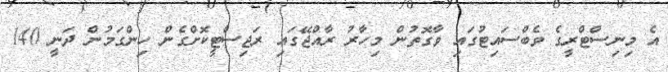
އެ މިނިސްޓްރީގެ ވެބްސައިޓުގައި ވާގޮތުން މިހާރު ރާއްޖޭގައި ރަޖިސްޓީކޮށްގެން ހިންގަމުން ދަނީ 140